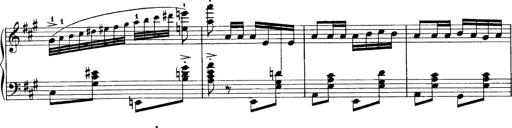
Title: Sonatina No.6
Composer: Ferruccio Busoni